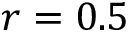
r = 0 . 5